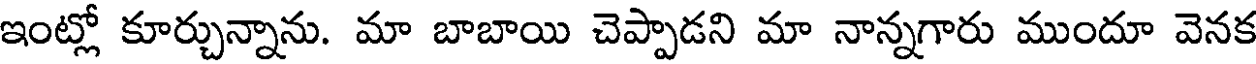
ఇంట్లో కూర్చున్నాను. మా బాబాయి చెప్పాడని మా నాన్నగారు ముందూ వెనక